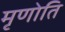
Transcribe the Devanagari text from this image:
मृणोति